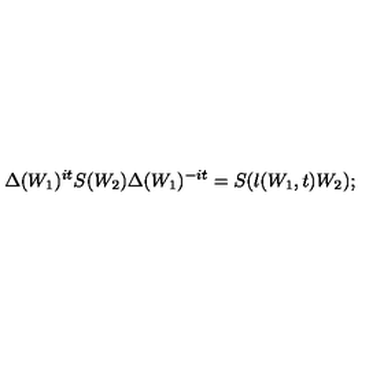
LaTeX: \Delta ( W _ { 1 } ) ^ { i t } S ( W _ { 2 } ) \Delta ( W _ { 1 } ) ^ { - i t } = S ( \l ( W _ { 1 } , t ) W _ { 2 } ) ;